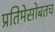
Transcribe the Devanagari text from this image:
प्रतिमेसोबतच